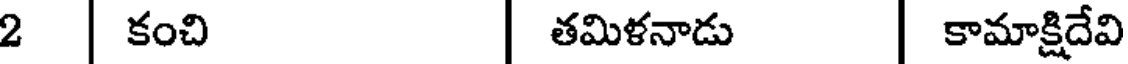
2 | కంచి | తమిళనాడు | కామాక్షిదేవి